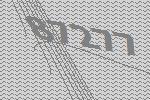
87277